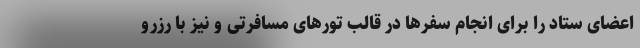
اعضای ستاد را برای انجام سفرها در قالب تورهای مسافرتی و نیز با رزرو